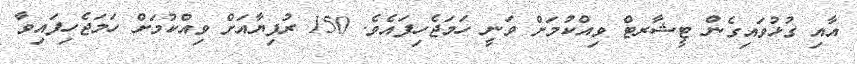
އާއި ގުޅުވައިގެން ޓީޝާރޓް ވިއްކުމަށް ވަނީ ހަމަޖެހިފައެވެ. 150 ރުފިޔާއަށް ވިއްކުމަށް ހަމަޖެހިފައިވާ